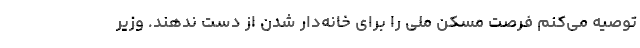
توصیه می‌کنم فرصت مسکن ملی را برای خانه‌دار شدن از دست ندهند. وزیر